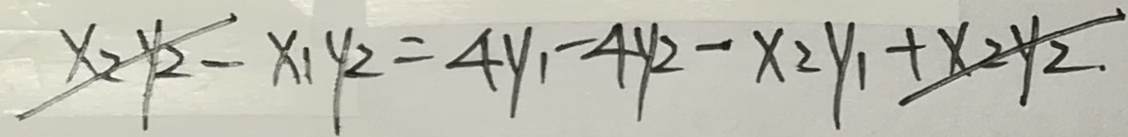
x _ { 2 } y _ { 2 } - x _ { 1 } y _ { 2 } = 4 y _ { 1 } - 4 y _ { 2 } - x _ { 2 } y _ { 1 } + x _ { 2 } y _ { 2 } .